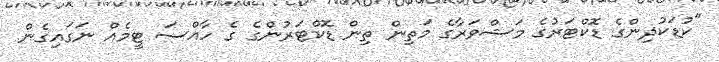
"ކުޑަކުދިންގެ ޑޮކްޓަރުގެ މަޝްވަރާގެ މަތިން ތިން ޑޮކްޓަރުންގެ ގެ ހާއްސަ ޓީމެއް ނަގައިގެން